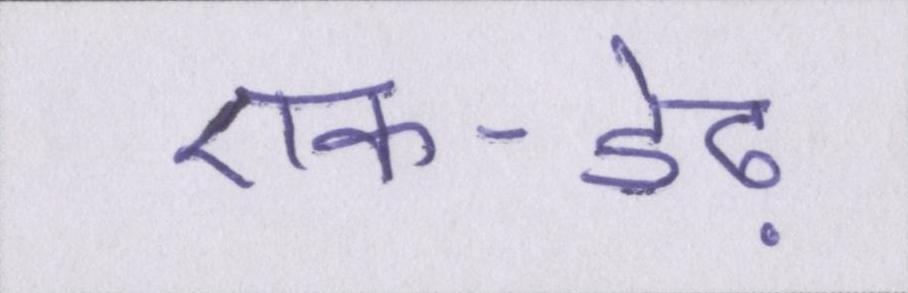
एक-डेढ़